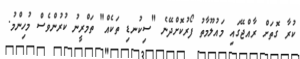
ކުރާ ގޮތަށް ރާއްޖޭގައި މައުލޫމާތު ފޯރުކޮށްދޭނެ "ސިކުނޑި ތަކެއް" ތަމްރީނު ކުރުންވެސް މުހިންމު.